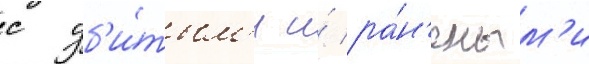
с уб'и́тым'и и́ ра́н'еным'и